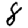
Digit: 8